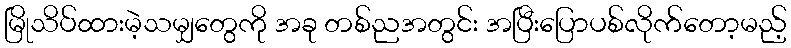
မြိုသိပ်ထားမဲ့သမျှတွေကို အခု တစ်ညအတွင်း အပြီးပြောပစ်လိုက်တော့မည့်